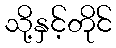
သို့နှင့်တိုင်